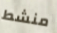
منشط